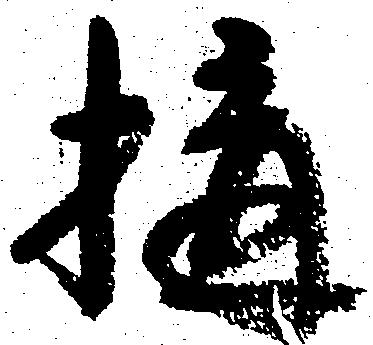
構